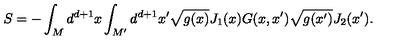
S = - \int _ { M } d ^ { d + 1 } x \int _ { M ^ { \prime } } d ^ { d + 1 } x ^ { \prime } \sqrt { g ( x ) } J _ { 1 } ( x ) G ( x , x ^ { \prime } ) \sqrt { g ( x ^ { \prime } ) } J _ { 2 } ( x ^ { \prime } ) .